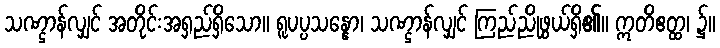
သဏ္ဌာန်လျှင် အတိုင်းအရှည်ရှိသော။ ရူပပ္ပသန္နော၊ သဏ္ဌာန်လျှင် ကြည်ညိုဖွယ်ရှိ၏။ ဣတိဧတ္ထ၊ ၌။